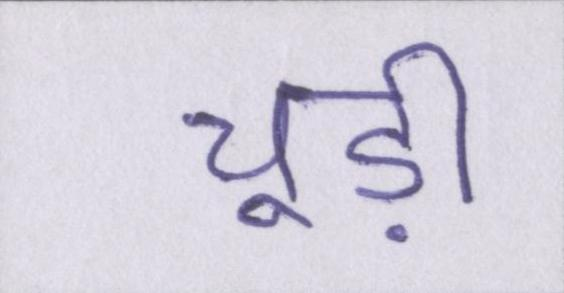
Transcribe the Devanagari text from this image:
चूड़ी